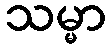
သမ္မာ